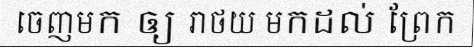
ចេញមក ឲ្យ រាថយ មកដល់ ព្រែក